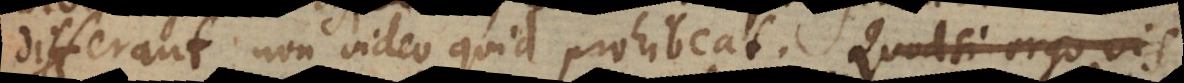
differant non video quid prohibeat. Quodsi ergo vis